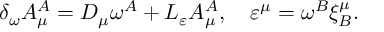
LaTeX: \delta _ { \omega } A _ { \mu } ^ { A } = D _ { \mu } \omega ^ { A } + { \cal L } _ { \varepsilon } A _ { \mu } ^ { A } , \quad \varepsilon ^ { \mu } = \omega ^ { B } \xi _ { B } ^ { \mu } .